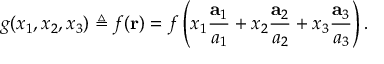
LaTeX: g ( x _ { 1 } , x _ { 2 } , x _ { 3 } ) \triangleq f ( \mathbf { r } ) = f \left( x _ { 1 } { \frac { \mathbf { a } _ { 1 } } { a _ { 1 } } } + x _ { 2 } { \frac { \mathbf { a } _ { 2 } } { a _ { 2 } } } + x _ { 3 } { \frac { \mathbf { a } _ { 3 } } { a _ { 3 } } } \right) .